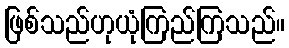
ဖြစ်သည်ဟုယုံကြည်ကြသည်။